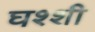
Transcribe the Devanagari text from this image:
घश्शी